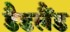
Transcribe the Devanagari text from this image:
डैडलैंड